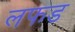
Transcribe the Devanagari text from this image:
लफड